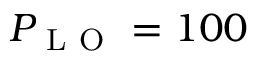
P _ { \mathrm { ~ L ~ O ~ } } = 1 0 0